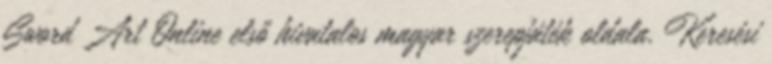
Sword Art Online első hivatalos magyar szerepjáték oldala. Keresési